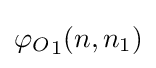
{\varphi _{O}}_{1}(n,n_{1})